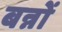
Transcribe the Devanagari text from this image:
बन्नों